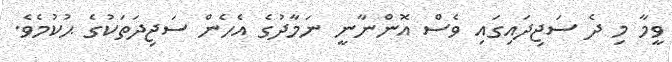
ވީމާ މި ދެ ސަޖިދައިގައި ވެސް އޮންނާނީ ނަމާދުގެ އެހެން ސަޖިދަތަކުގެ ޙުކުމެވެ.